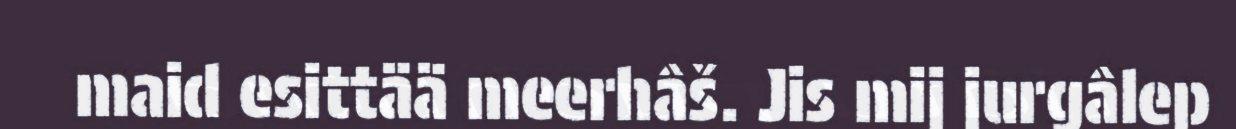
maid esittää meerhâš. Jis mij jurgâlep